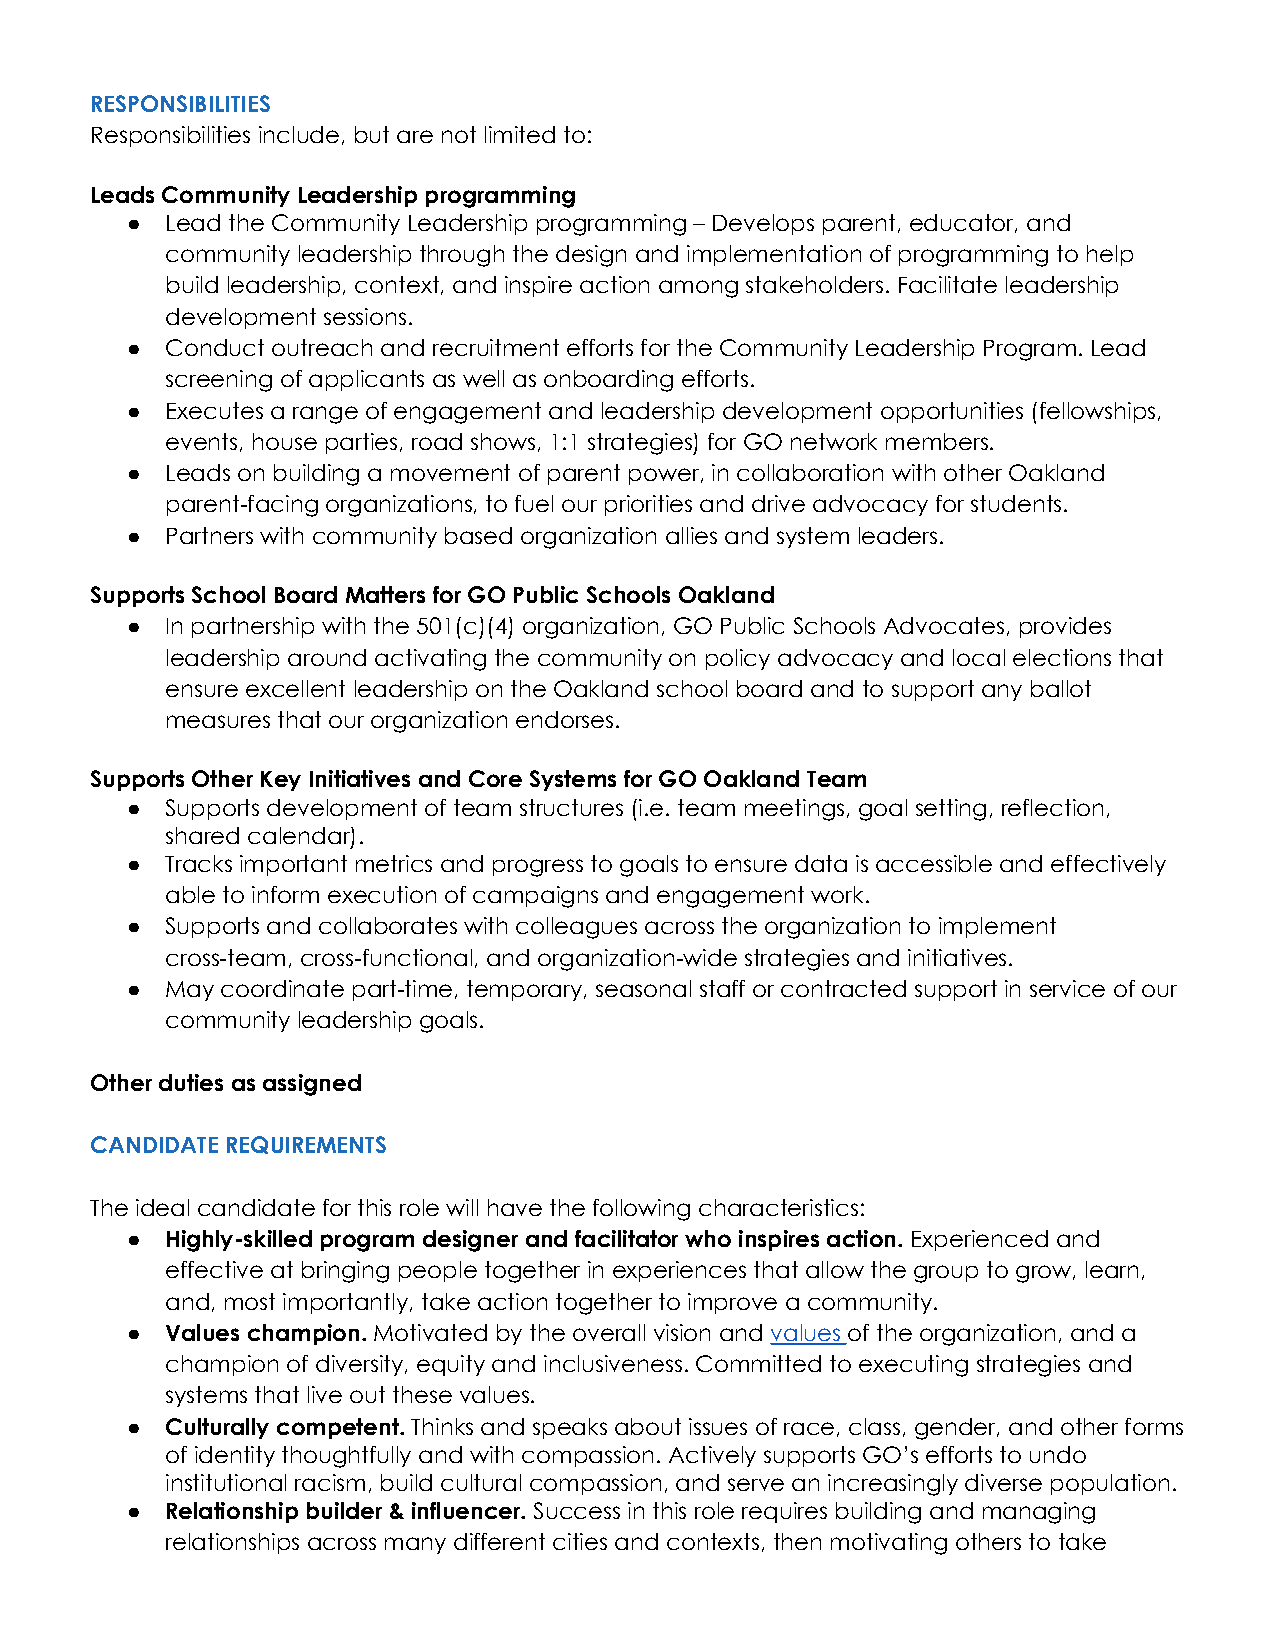
RESPONSIBILITIES
 Responsibilities include, but are not limited to:
 Leads Community Leadership programming
 ●  Lead the Community Leadership programming – Develops parent, educator, and
 community leadership through the design and implementation of programming to help
 build leadership, context, and inspire action among stakeholders. Facilitate leadership
 development sessions.
 ●  Conduct outreach and recruitment efforts for the Community Leadership Program. Lead
 screening of applicants as well as onboarding efforts.
 ●  Executes a range of engagement and leadership development opportunities (fellowships,
 events, house parties, road shows, 1:1 strategies) for GO network members.
 ●  Leads on building a movement of parent power, in collaboration with other Oakland
 parent-facing organizations, to fuel our priorities and drive advocacy for students.
 ●  Partners with community based organization allies and system leaders.
 Supports School Board Matters for GO Public Schools Oakland
 ●  In partnership with the 501(c)(4) organization, GO Public Schools Advocates, provides
 leadership around activating the community on policy advocacy and local elections that
 ensure excellent leadership on the Oakland school board and to support any ballot
 measures that our organization endorses.
 Supports Other Key Initiatives and Core Systems for GO Oakland Team
 ●  Supports development of team structures (i.e. team meetings, goal setting, reflection,
 shared calendar).
 ●  Tracks important metrics and progress to goals to ensure data is accessible and effectively
 able to inform execution of campaigns and engagement work.
 ●  Supports and collaborates with colleagues across the organization to implement
 cross-team, cross-functional, and organization-wide strategies and initiatives.
 ●  May coordinate part-time, temporary, seasonal staff or contracted support in service of our
 community leadership goals.
 Other duties as assigned
 CANDIDATE REQUIREMENTS
 The ideal candidate for this role will have the following characteristics:
 ●  Highly-skilled program designer and facilitator who inspires action. Experienced and
 effective at bringing people together in experiences that allow the group to grow, learn,
 and, most importantly, take action together to improve a community.
 ●  Values champion. Motivated by the overall vision and values of the organization, and a
 champion of diversity, equity and inclusiveness. Committed to executing strategies and
 systems that live out these values.
 ●  Culturally competent. Thinks and speaks about issues of race, class, gender, and other forms
 of identity thoughtfully and with compassion. Actively supports GO’s efforts to undo
 institutional racism, build cultural compassion, and serve an increasingly diverse population.
 ●  Relationship builder & influencer. Success in this role requires building and managing
 relationships across many different cities and contexts, then motivating others to take